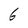
Character: 6